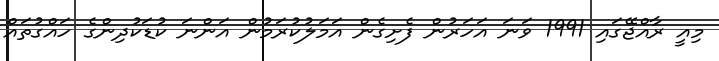
މިއީ ރާއްޖޭގައި 1991 ވަނަ އަހަރުން ފެށިގެން އަމަލުކުރަމުން އަންނަ ކުޑަކުދިންގެ ހައްގުތައް